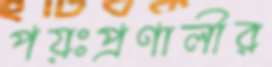
পয়ঃপ্রণালীর